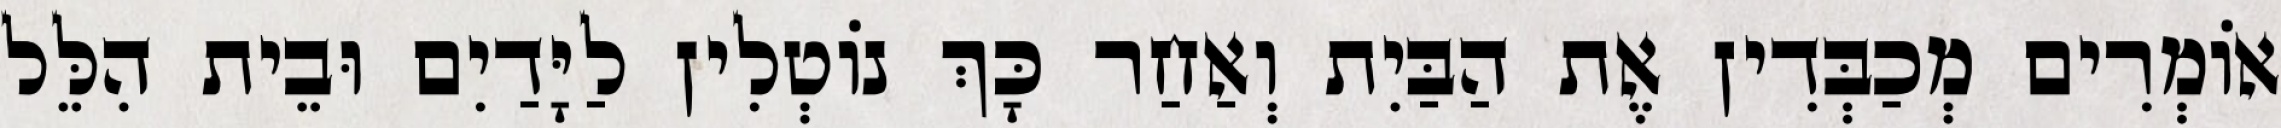
אוֹמְרִים מְכַבְּדִין אֶת הַבַּיִת וְאַחַר כָּךְ נוֹטְלִין לַיָּדַיִם וּבֵית הִלֵּל